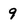
Character: 9